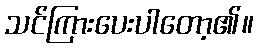
သင်ကြားပေးပါတော့၏။